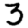
Digit: 3